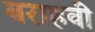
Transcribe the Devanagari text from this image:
बराहवी